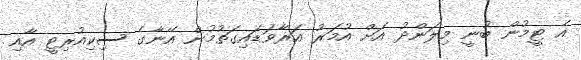
އެ ޓީމުން ބުނީ މިލަންދު އަށް އުމަރު އަރާވަޑައިގަތުމުން އޭނާގެ ސިކިއުރިޓީ އާއި